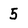
Character: 5